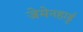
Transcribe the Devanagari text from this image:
जेमेनहार्ड्ट